King Institute of Preventive Medicine Micro-Biological Section reports 1909-11
Year: 1909
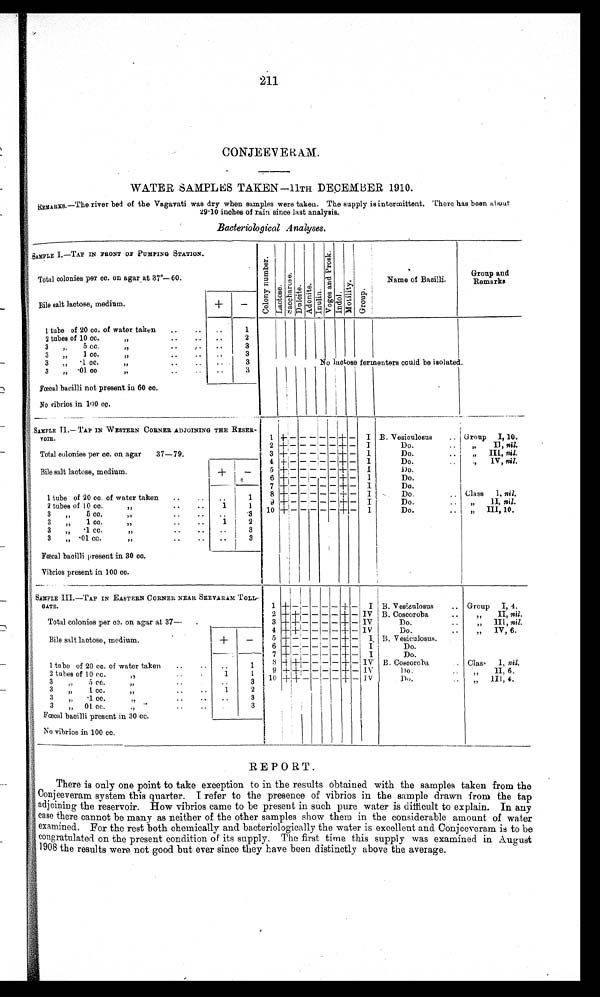
211
CONJE EVERAM.
WATER SAMPLES TAKEN—11TH DECEMBER 1910.
REMARKS.—The river bed of the Vagavati was dry when samples were taken. The supply is intermittent. There has been about
29.10 inches of rain since last analysis.
Bacteriological Analyses.
SAMPLE I.—TAP IN FRONT OF PUMPING STATION.
Total colonies per cc. on agar at 37°— 60.
+
-
C o l o n y n u m b e r .
Lact os e.
S a c c h a r o s e .
Dul oi t e. Ad o n i t e .
I nul i n
V o g e s a n d P r o s k .
I n d o l .
Mot i l t y. G r o u p .
Name of Bacilli.
Group and
Remarks
Bile salt lactose, medium.
1 tube of 20 co. of water taken
. .
1
2 tubes of 10 cc.
"
2
3
"
5 cc.
"I
. .
3
3
"
1 cc.
"
. .
3
3 „ .1 cc.
"
3
No lactose fermenters could be isolated.
3
" .01 cc.
"
. .
3
Fœoal bacilli not present in 60 00.
No vibrios in 100 cc.
S SAMPLE II .— TAP IN WESTERN CORNER ADJOINING THE RESER-
V O I R .
Total colonies per cc. on agar
37—79.
1 + - - - - - + -
I B. Vesiculosus
Uroup
I, 10.
2 + - - - - - +
-
I
Do.
„
II, nil.
3 + - - - - - + -
I
Do.
„
III, nil.
4 + - - - - - + - I
Do.
"
IV, nil.
Bile salt lactose, medium.
+
-
5 + - - - - - + -
I
Do.
6 + - - - - -
+
-
I
Do.
7 + - - - - -
+ -
I
Do Do.
1 tube of 20 cc. of water taken
..
1 8 + - - - - - + -
I
Do.
Class
I, nil.
2 tubes of 10 cc. "
1
1 9 + - - - - - + -
I
Do.
II, nil.
3
„
5 cc.
"
..
3
10 + - - - - - + -
I
Do.
"
III, 10.
3
1 cc. "
1
2
„
3 „ .1 cc.
I /
..
3
3
„ .01 cc
"
..
3
Fœcal bacilli present in 30 co.
Vibrios present in 100 cc.
SAMPLE III.—TAP IN EASTERN CORNER NEAR SEEVARAM TOLL
GATE.
Total colonies per cc . on agar at 37—
1+ - - - - - + -
I B. Vesiculosus
Group
I, 4.
2 + + - - - - + -
IV B. Coscoroba
„
II, nil.
3 + + - - - - + -
IV
Do.
„
III, nil.
Bile salt lactose, medium.
+
-
4
+ + - - - - + -
IV
Do.
IV, 6.
5+ - - - - - + - —
I. B. Vesiculosus.
6
+ - - - - - + - — I
Do.
7 + - - - - - + -
I
Do.
1
8 ++ - - - - + - IV
B. Coscoroba
Class
I, nil.
1 tube of 20 cc. of water taken
..
1
9+ + - - - - + - IV
Do.
" II, 6
2 tubes
3
of 10 cc
5 cc.
"
1
3 10 + + - - - - + - IVDo.
" I I I , 4 .
3 "
1 cc.
"
.. ..
1
2
3 "
• 1 cc.
" "
..
..
3
3
„ 01 cc.
"
..
3
F Fœcal bacilli present in 30 cc.
No vibrios in 100 cc.
REPORT.
There is only one point to take exception to in the results obtained with the samples taken from the
Conjeeveram system this quarter. I refer to the presence of vibrios in the sample drawn from the tap
adjoining the reservoir. How vibrios came to be present in such pure water is difficult to explain. In any
case there cannot be many as neither of the other samples show them in the considerable amount of water
examined. For the rest both chemically and bacteriologically the water is excellent and Conjeeveram is to be
congrat ulated on the present condition of its supply. The first time this supply was examined in August
1908 the results were not good but ever since they have been distinctly above the average.